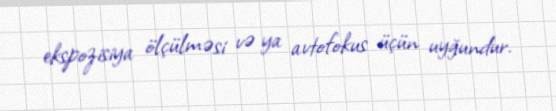
ekspozisiya ölçülməsi və ya avtofokus üçün uyğundur.